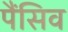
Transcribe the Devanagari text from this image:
पैंसिव